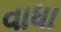
વાધા